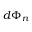
d \Phi _ { n }